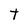
Character: T